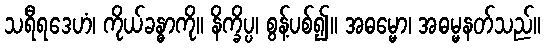
သရီရဒေဟံ၊ ကိုယ်ခန္ဓာကို။ နိက္ခိပ္ပ၊ စွန့်ပစ်၍။ အဓမ္မော၊ အဓမ္မနတ်သည်။